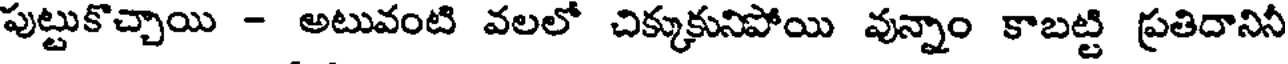
పుట్టుకొచ్చాయి - అటువంటి వలలో చిక్కుకునిపోయి వున్నాం కాబట్టి ప్రతిదానినీ